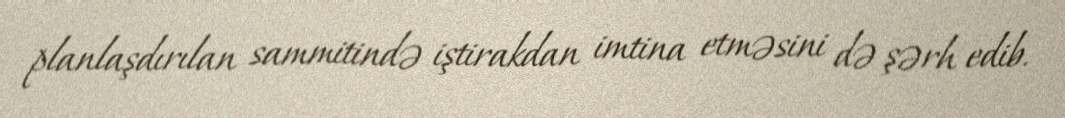
planlaşdırılan sammitində iştirakdan imtina etməsini də şərh edib.